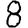
Digit: 8